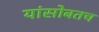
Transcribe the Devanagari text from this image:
यांसोबतच